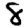
Digit: 8